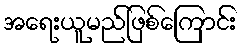
အရေးယူမည်ဖြစ်ကြောင်း